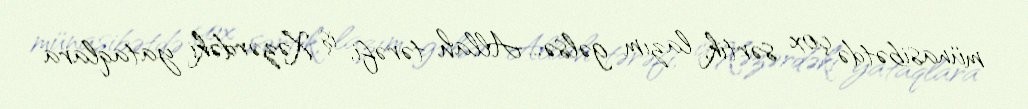
münasibətdə çox sərtik, lazım gəlsə... Allah tərəfi, iş Xəzərdəki yataqlara